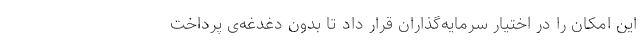
این امکان را در اختیار سرمایه‌گذاران قرار داد تا بدون دغدغه‌ی پرداخت